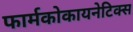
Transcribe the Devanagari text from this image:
फार्मकोकायनेटिक्स